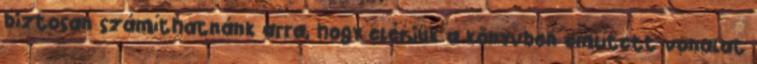
biztosan számíthatnánk arra, hogy elérjük a könyvben említett vonalat